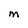
Character: M